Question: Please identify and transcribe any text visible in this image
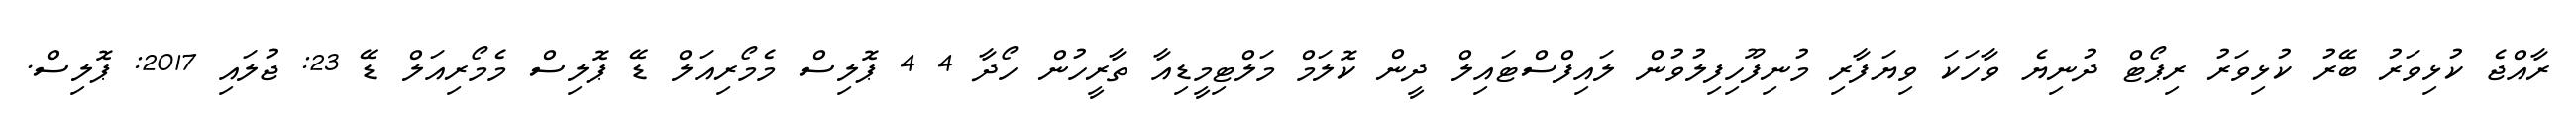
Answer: ރާއްޖެ ކުޅިވަރު ބޭރު ކުޅިވަރު ރިޕޯޓް ދުނިޔެ ވާހަކަ ވިޔަފާރި މުނިފޫހިފިލުވުން ލައިފްސްޓައިލް ދީން ކޮލަމް މަލްޓިމީޑިއާ ތާރީހުން ހޯދާ 4 4 ޕޮލިސް މެމޯރިއަލް ޑޭ ޕޮލިސް މެމޯރިއަލް ޑޭ 23: ޖުލައި 2017: ޕޮލިސް.